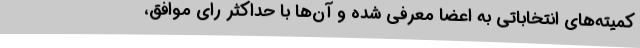
کمیته‌های انتخاباتی به اعضا معرفی شده و آن‌ها با حداکثر رای موافق،